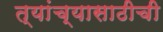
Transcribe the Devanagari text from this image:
त्यांच्यासाठीची